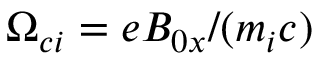
\Omega _ { c i } = e B _ { 0 x } / ( m _ { i } c )